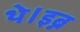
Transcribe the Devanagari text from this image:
थे।इब्न